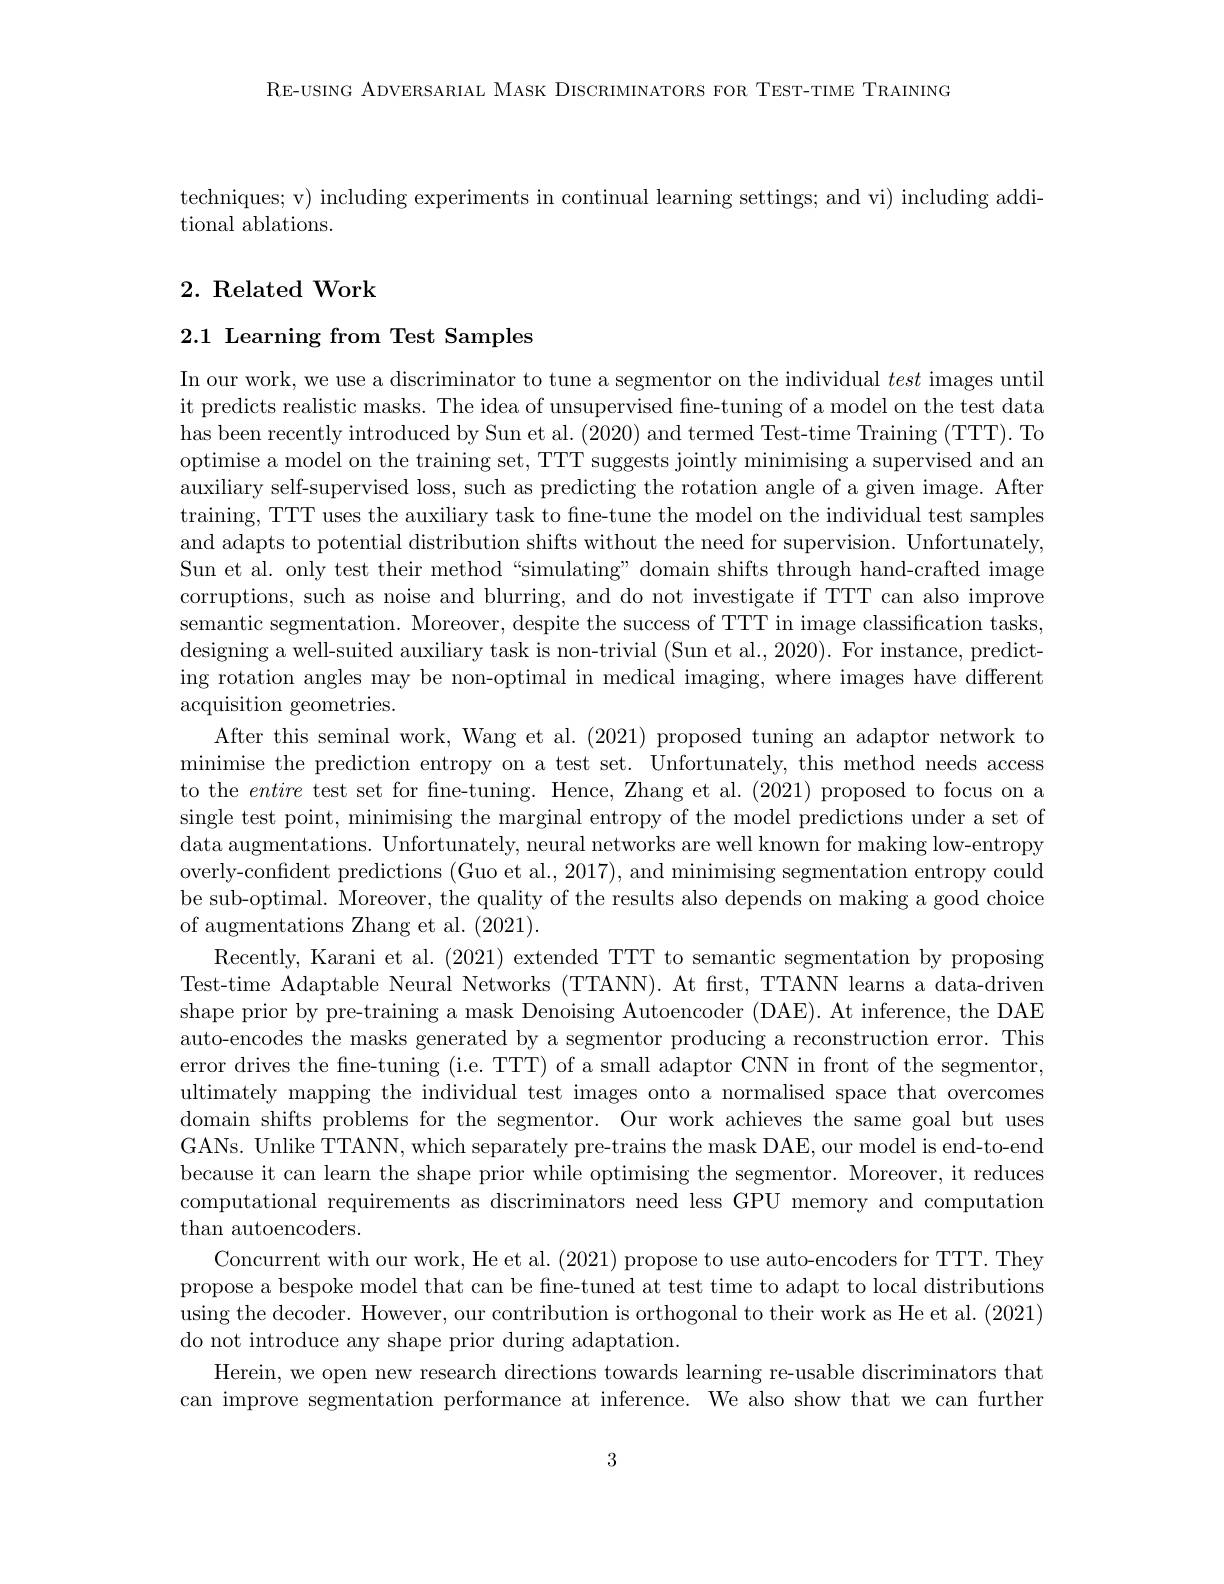
RE-USING ADVERSARIAL MASK DISCRIMINATORS FOR TEST-TIME TRAINING

techniques; v) including experiments in continual learning settings; and vi) including addi-
tional ablations.

## $2. \textbf{ Related Work}$

## 2.1 Learning from Test Samples

In our work, we use a discriminator to tune a segmentor on the individual test images until it predicts realistic masks. The idea of unsupervised fine-tuning of a model on the test data has been recently introduced by Sun et al. (2020) and termed Test-time Training (TTT). To optimise a model on the training set, TTT suggests jointly minimising a supervised and an auxiliary self-supervised loss, such as predicting the rotation angle of a given image. After training, TTT uses the auxiliary task to fne-tune the model on the individual test samples and adapts to potential distribution shifts without the need for supervision. Unfortunately, Sun et al. only test their method “simulating” domain shifts through hand-crafted image corruptions, such as noise and blurring, and do not investigate if TTT can also improve semantic segmentation. Moreover, despite the success of TTT in image classification tasks, designing a well-suited auxiliary task is non-trivial (Sun et al., 2020). For instance, predicting rotation angles may be non-optimal in medical imaging, where images have different acquisition geometries.
After this seminal work, Wang et al. (2021) proposed tuning an adaptor network to minimise the prediction entropy on a test set. Unfortunately, this method needs access to the entire test set for fine-tuning. Hence, Zhang et al.(2021) proposed to focus on a single test point, minimising the marginal entropy of the model predictions under a set of data augmentations. Unfortunately, neural networks are well known for making low-entropy overly-confident predictions (Guo et al., 2017), and minimising segmentation entropy could be sub-optimal. Moreover, the quality of the results also depends on making a good choice of augmentations Zhang et al. (2021).
Recently, Karani et al. (2021) extended TTT to semantic segmentation by proposing Test-time Adaptable Neural Networks (TTANN). At frst, TTANN learns a data-driven shape prior by pre-training a mask Denoising Autoencoder (DAE). At inference, the DAE auto-encodes the masks generated by a segmentor producing a reconstruction error. This error drives the fne-tuning (i.e. TTT) of a small adaptor CNN in front of the segmentor, ultimately mapping the individual test images onto a normalised space that overcomes domain shifts problems for the segmentor. Our work achieves the same goal but uses GANs. Unlike TTANN, which separately pre-trains the mask DAE, our model is end-to-end because it can learn the shape prior while optimising the segmentor. Moreover, it reduces computational requirements as discriminators need less GPU memory and computation than autoencoders.
Concurrent with our work, He et al. (2021) propose to use auto-encoders for TTT. They propose a bespoke model that can be fine-tuned at test time to adapt to local distributions using the decoder. However, our contribution is orthogonal to their work as He et al. (2021) do not introduce any shape prior during adaptation.
Herein, we open new research directions towards learning re-usable discriminators that can improve segmentation performance at inference. We also show that we can further

3